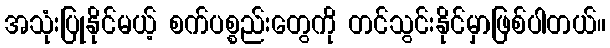
အသုံးပြုနိုင်မယ့် စက်ပစ္စည်းတွေကို တင်သွင်းနိုင်မှာဖြစ်ပါတယ်။